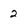
Character: 2